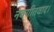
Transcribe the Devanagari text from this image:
नवगीतवाद।